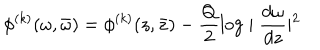
LaTeX: \phi ^ { ( k ) } ( \omega , \bar { \omega } ) = \phi ^ { ( k ) } ( z , \bar { z } ) - \frac { Q } { 2 } \log \mid \frac { d \omega } { d z } \mid ^ { 2 }